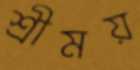
শ্রীময়